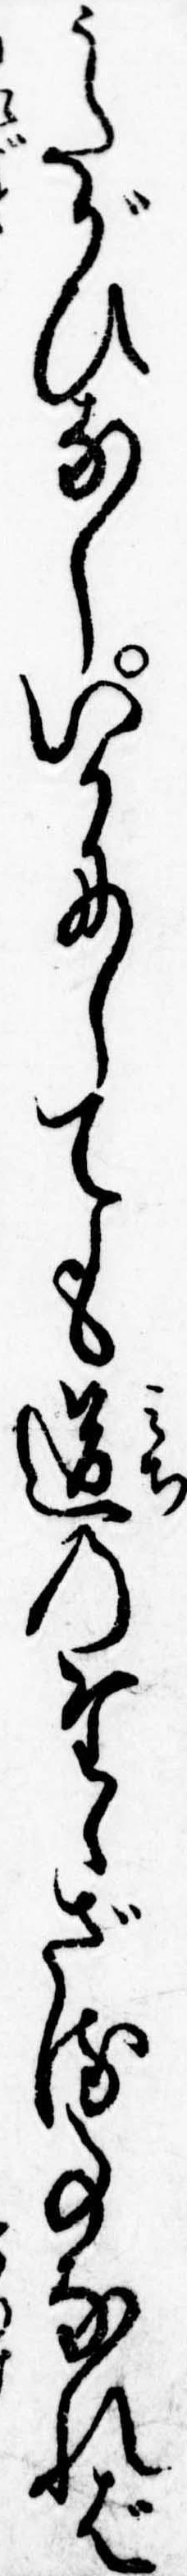
うたがひなしいかにしても道のたゝざる事なれば